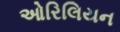
ઓરિલિયન